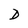
Character: D